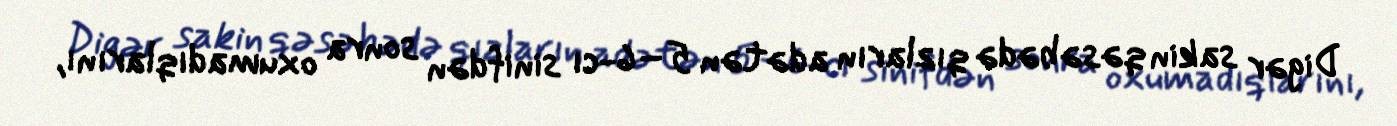
Digər sakin qəsəbədə qızların adətən 5–6-cı sinifdən sonra oxumadıqlarını,